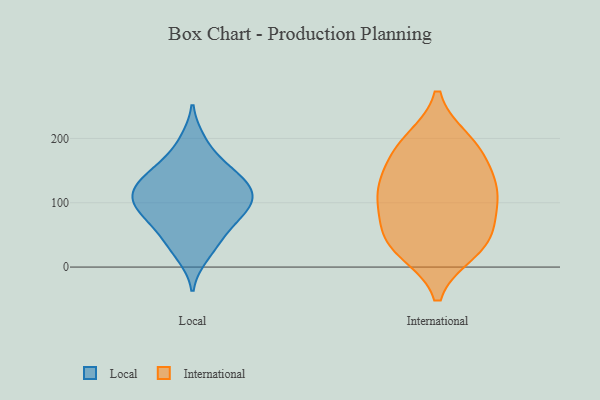
{"axis": {"x": "Shipments", "y": "Value"}, "legend": ["International", "Local"], "data": [{"x": "", "y": 122, "type": "Local"}, {"x": "", "y": 83, "type": "Local"}, {"x": "", "y": 198, "type": "Local"}, {"x": "", "y": 110, "type": "Local"}, {"x": "", "y": 115, "type": "Local"}, {"x": "", "y": 96, "type": "Local"}, {"x": "", "y": 17, "type": "Local"}, {"x": "", "y": 139, "type": "Local"}, {"x": "", "y": 159, "type": "Local"}, {"x": "", "y": 75, "type": "Local"}, {"x": "", "y": 155, "type": "Local"}, {"x": "", "y": 92, "type": "Local"}, {"x": "", "y": 126, "type": "Local"}, {"x": "", "y": 54, "type": "Local"}, {"x": "", "y": 40, "type": "Local"}, {"x": "", "y": 34, "type": "International"}, {"x": "", "y": 124, "type": "International"}, {"x": "", "y": 50, "type": "International"}, {"x": "", "y": 194, "type": "International"}, {"x": "", "y": 106, "type": "International"}, {"x": "", "y": 52, "type": "International"}, {"x": "", "y": 118, "type": "International"}, {"x": "", "y": 184, "type": "International"}, {"x": "", "y": 111, "type": "International"}, {"x": "", "y": 27, "type": "International"}, {"x": "", "y": 172, "type": "International"}]}